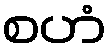
စဟံ